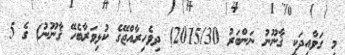
މި ގަވާއިދަކީ ޤާނޫނު ނަންބަރު 2015/30) ދިވެހިރާއްޖޭގެ ކުޅިވަރާބެހޭ ޤާނޫނު) ގެ 5